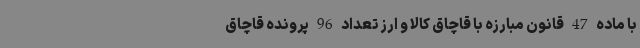
با ماده 47 قانون مبارزه با قاچاق کالا و ارز تعداد 96 پرونده قاچاق